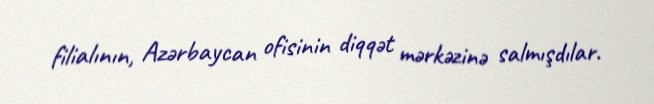
filialının, Azərbaycan ofisinin diqqət mərkəzinə salmışdılar.